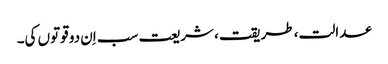
عدالت، طریقت، شریعت سب اِن دو قوتوں کی۔